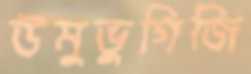
উমুভুগিজি